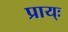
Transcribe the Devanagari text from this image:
प्राय्ः